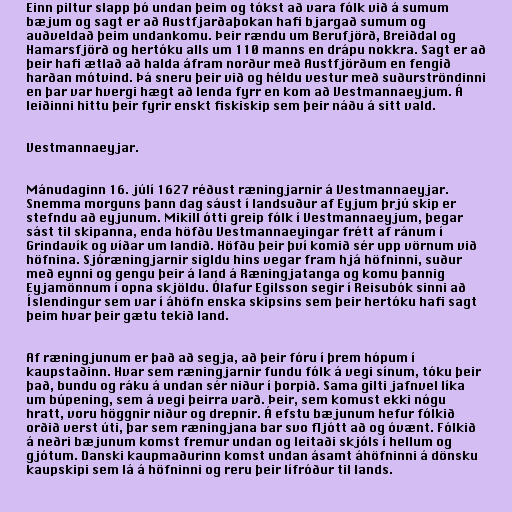
Einn piltur slapp þó undan þeim og tókst að vara fólk við á sumum
bæjum og sagt er að Austfjarðaþokan hafi bjargað sumum og
auðveldað þeim undankomu. Þeir rændu um Berufjörð, Breiðdal og
Hamarsfjörð og hertóku alls um 110 manns en drápu nokkra. Sagt er að
þeir hafi ætlað að halda áfram norður með Austfjörðum en fengið
harðan mótvind. Þá sneru þeir við og héldu vestur með suðurströndinni
en þar var hvergi hægt að lenda fyrr en kom að Vestmannaeyjum. Á
leiðinni hittu þeir fyrir enskt fiskiskip sem þeir náðu á sitt vald.

Vestmannaeyjar.

Mánudaginn 16. júlí 1627 réðust ræningjarnir á Vestmannaeyjar.
Snemma morguns þann dag sáust í landsuður af Eyjum þrjú skip er
stefndu að eyjunum. Mikill ótti greip fólk í Vestmannaeyjum, þegar
sást til skipanna, enda höfðu Vestmannaeyingar frétt af ránum í
Grindavík og víðar um landið. Höfðu þeir því komið sér upp vörnum við
höfnina. Sjóræningjarnir sigldu hins vegar fram hjá höfninni, suður
með eynni og gengu þeir á land á Ræningjatanga og komu þannig
Eyjamönnum í opna skjöldu. Ólafur Egilsson segir í Reisubók sinni að
Íslendingur sem var í áhöfn enska skipsins sem þeir hertóku hafi sagt
þeim hvar þeir gætu tekið land.

Af ræningjunum er það að segja, að þeir fóru í þrem hópum í
kaupstaðinn. Hvar sem ræningjarnir fundu fólk á vegi sínum, tóku þeir
það, bundu og ráku á undan sér niður í þorpið. Sama gilti jafnvel líka
um búpening, sem á vegi þeirra varð. Þeir, sem komust ekki nógu
hratt, voru höggnir niður og drepnir. Á efstu bæjunum hefur fólkið
orðið verst úti, þar sem ræningjana bar svo fljótt að og óvænt. Fólkið
á neðri bæjunum komst fremur undan og leitaði skjóls í hellum og
gjótum. Danski kaupmaðurinn komst undan ásamt áhöfninni á dönsku
kaupskipi sem lá á höfninni og reru þeir lífróður til lands.